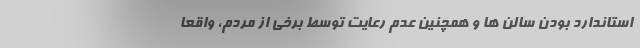
استاندارد بودن سالن ها و همچنین عدم رعایت توسط برخی از مردم، واقعا